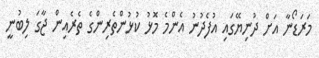
މަރަޑޯނާ އަށް ދުނިޔޭގައި އުފެދުނު އެންމެ މޮޅު ކުޅުންތެރިންގެ ތެރެއިން ޖާގަ ލިބުނީ